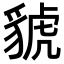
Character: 䝞